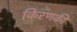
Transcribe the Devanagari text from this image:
किरणकी